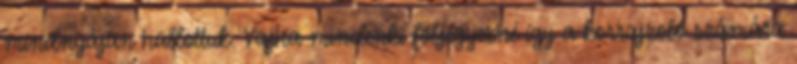
mindnyájan hallottuk. Vajha mindenki följegyezné így a korrajzoló számára